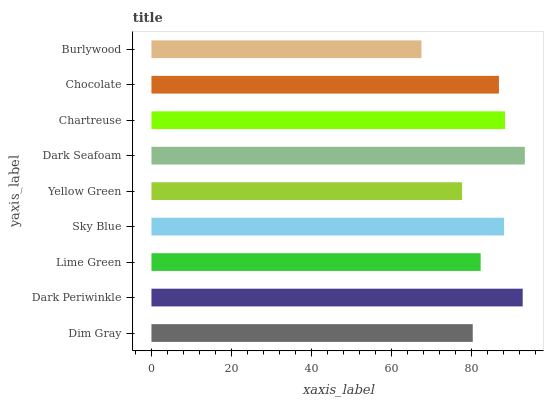
| yaxis_label | bars |
 | --- | --- |
 | Dim Gray | 80.4 |
 | Dark Periwinkle | 92.9 |
 | Lime Green | 82.3 |
 | Sky Blue | 88.2 |
 | Yellow Green | 77.7 |
 | Dark Seafoam | 93.4 |
 | Chartreuse | 88.4 |
 | Chocolate | 86.9 |
 | Burlywood | 67.5 |